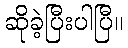
ဆိုခဲ့ပြီးပါပြီ။